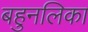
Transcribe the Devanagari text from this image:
बहुनलिका